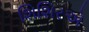
શિશિરએ